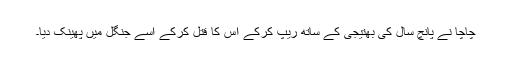
چاچا نے پانچ سال کی بھتیجی کے ساتھ ریپ کرکے اس کا قتل کرکے اسے جنگل میں پھینک دیا۔